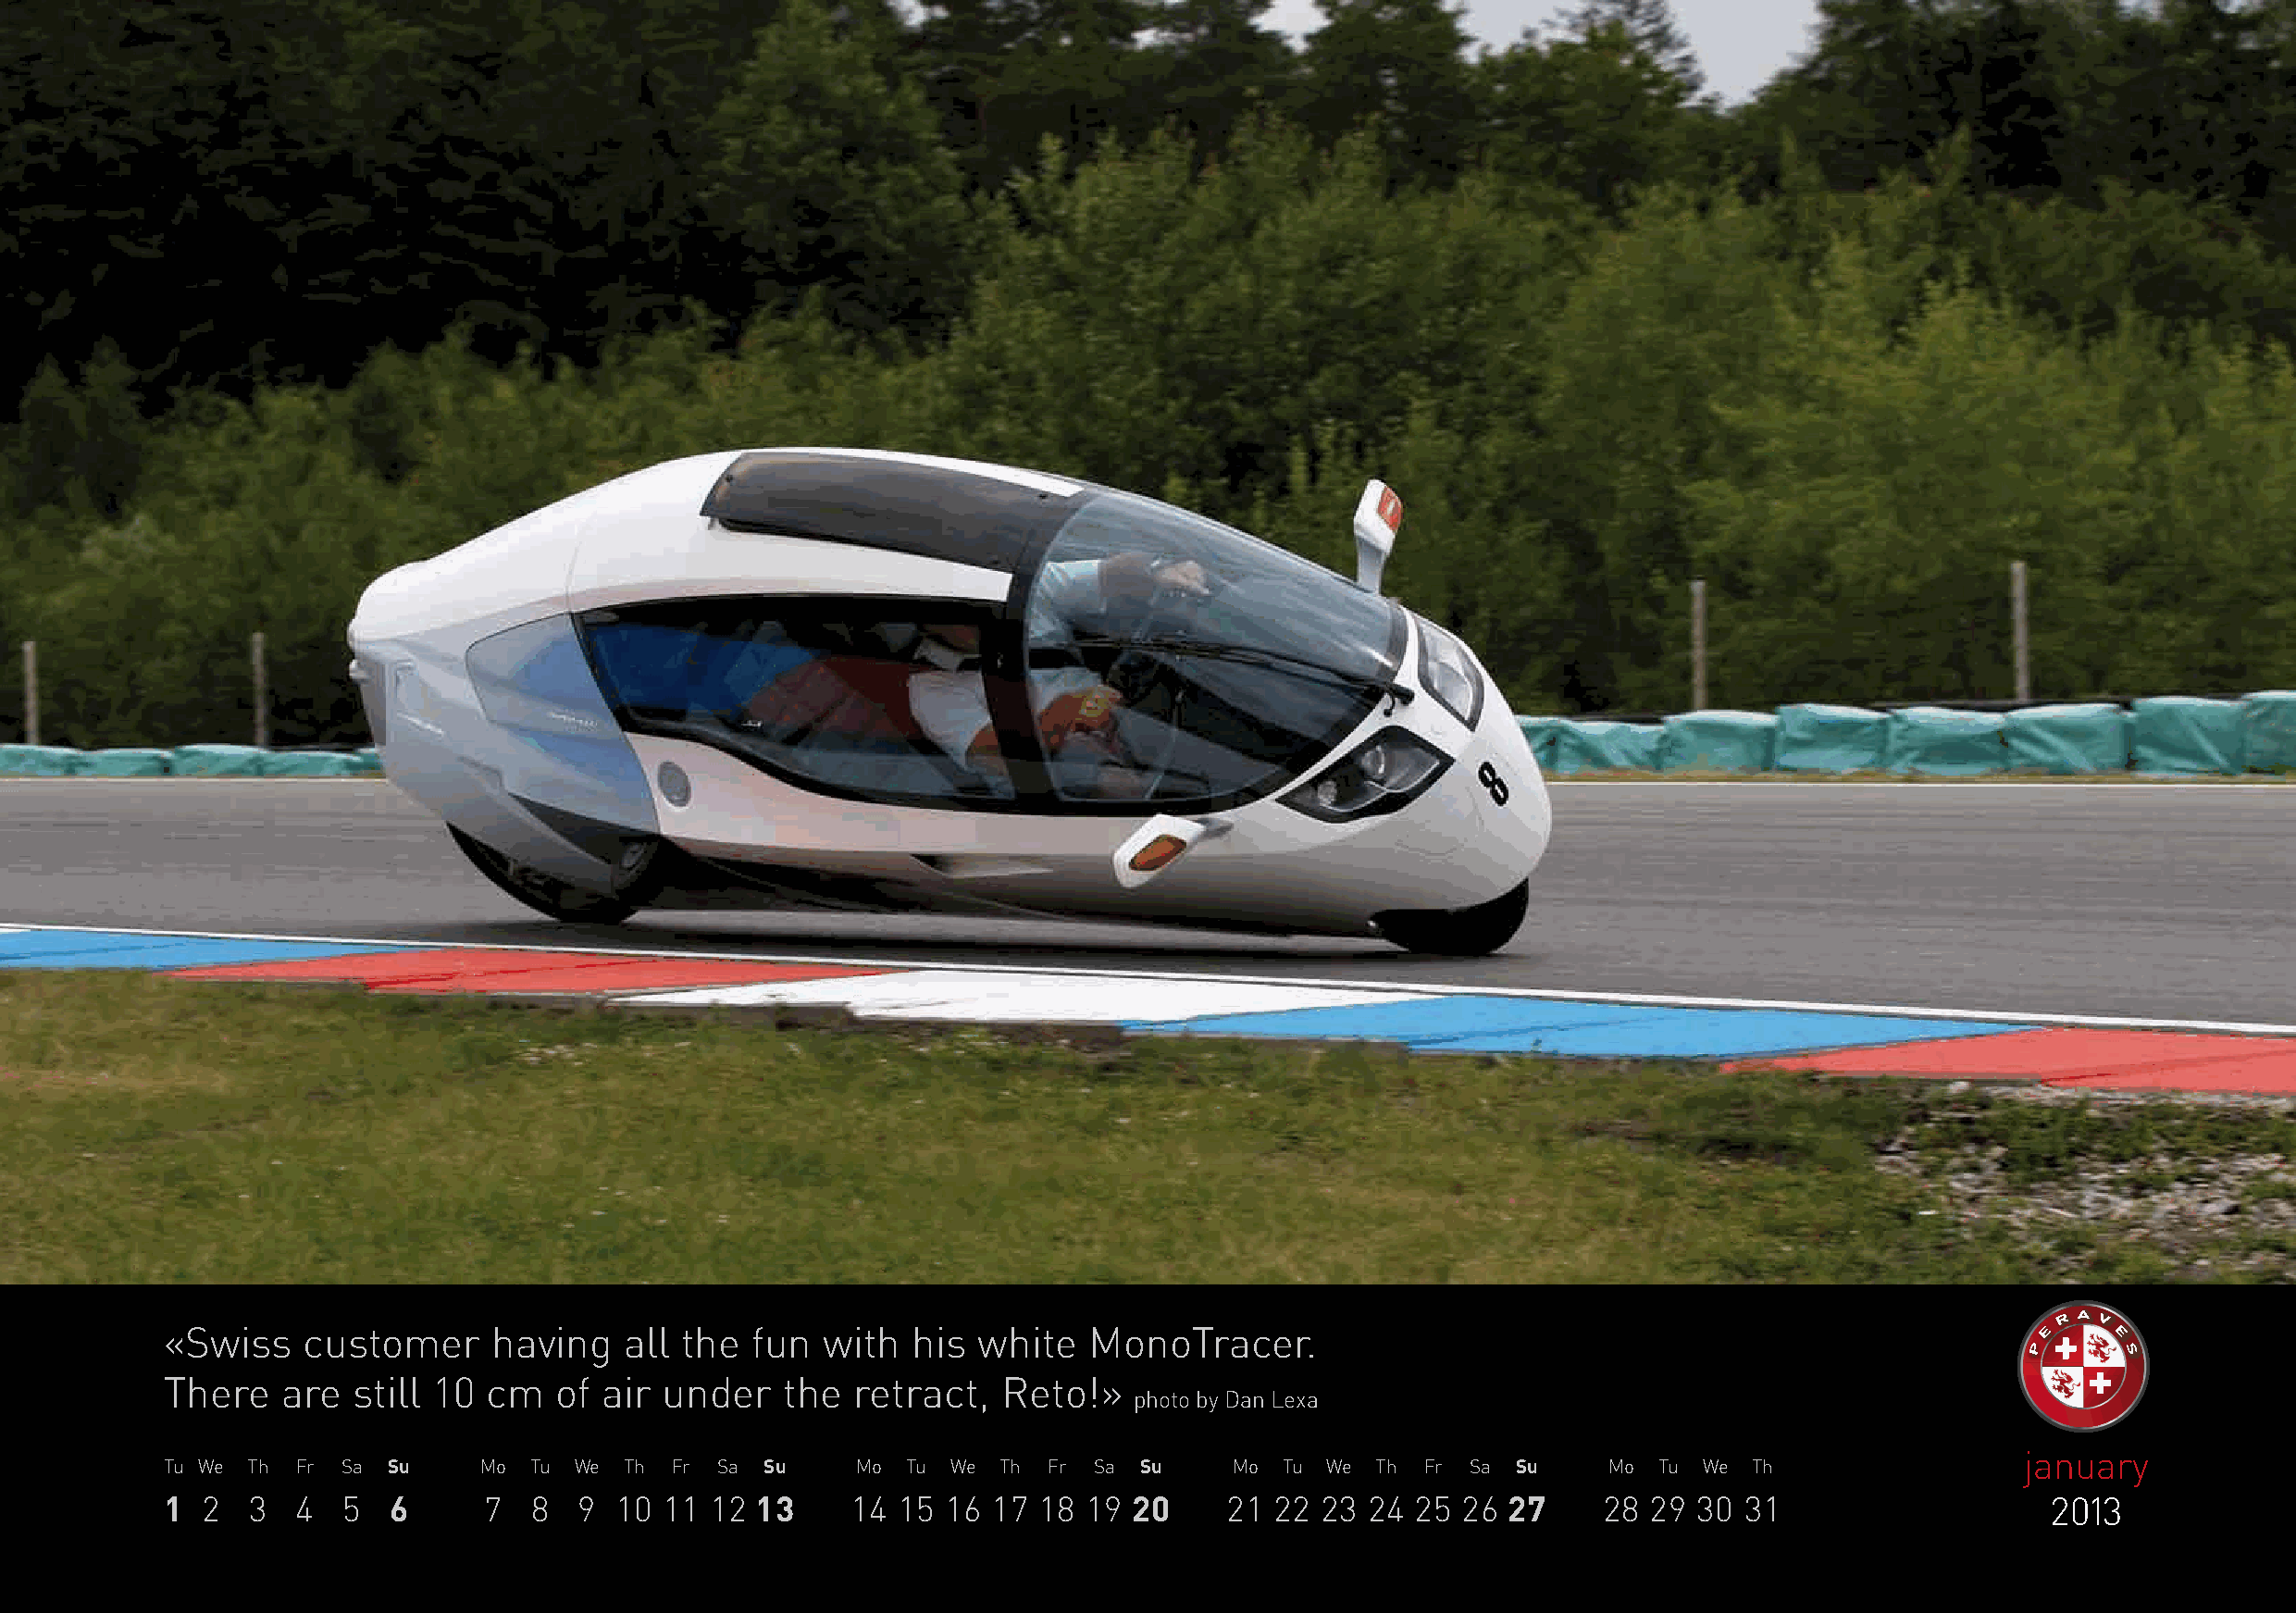
«Swiss    customer     having    all the  fun  with  his  white   MonoTracer.
 There   are  still 10  cm   of air under    the  retract,   Reto!»
 photo by Dan Lexa
 january
 Tu We Th Fr Sa  Su    Mo  Tu We  Th Fr Sa  Su    Mo  Tu We Th  Fr Sa  Su    Mo  Tu We Th  Fr Sa Su     Mo  Tu We Th
 1 2   3  4   5  6      7  8  9  10 11  12 13     14 15  16 17 18  19 20     21 22 23  24 25  26 27     28 29 30  31                    2013